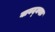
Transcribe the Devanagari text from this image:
वावद्क्याः